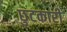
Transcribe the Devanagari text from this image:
छुटकारी